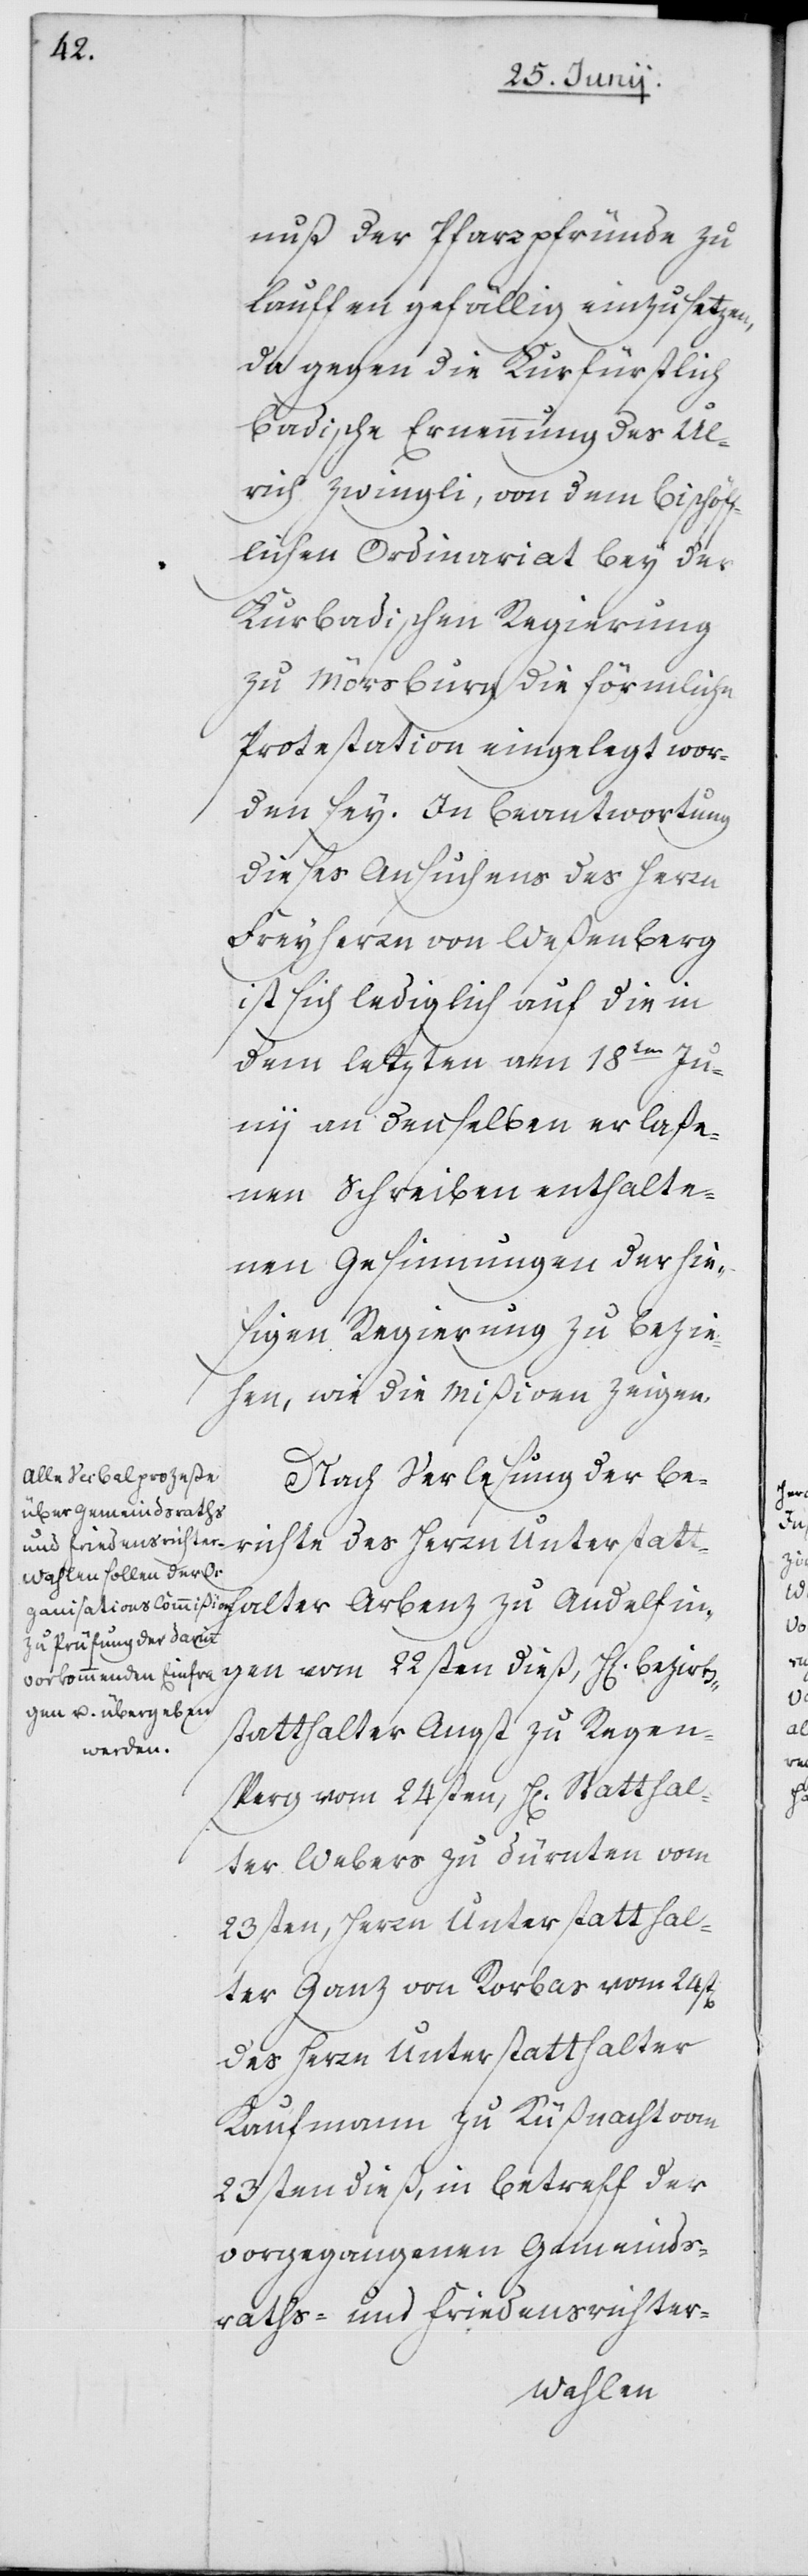
chte

nuß der Pfarrpründe zu
lauffen gefällig einzusetzen,
da gegen die Kurfürstlich
Badische Ernennung des Ul¬
rich Zwingli, von dem Bischöff¬
lichen Ordinariat bey der
Kurbadischen Regierung
zu Mörsburg die förmliche
Protestation eingelegt wor¬
den sey. In Beantwortung
dieses Ansuchens des Herrn
Freyherrn von Weßenberg
ist sich lediglich auf die in
dem letzten am 18ten Ju¬
nii an denselben erlaße¬
nen Schreiben enthalte¬
nen Gesinnungen der hie¬
sigen Regierung zu bezie¬
hen, wie die Mißiven zeigen.
Nach Verlesung der Beri¬
Arbenz zu Andelfingen vom 22sten dieß, H[errn] Bezirks¬
statthalter Angst zu Regen¬
sperg vom 24sten, H[errn] Statthal¬
ter Weber zu Dürnten vom
23sten, H[errn] Unterstatthal¬
ter Ganz von Rorbas vom 24st[en]
des Herrn Unterstatthalter
Kaufmann zu Küßnacht vom
23sten dieß, in Betreff der
vorgegangenen Gemeinds¬
raths- und Friedensrichter-